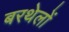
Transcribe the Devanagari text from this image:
बरथेलों